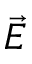
\vec { E }